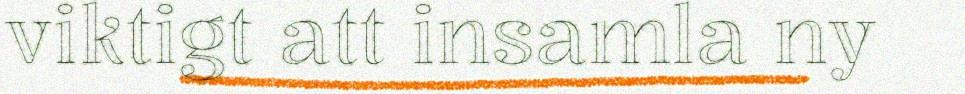
viktigt att insamla ny